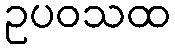
ဥပဝသထ